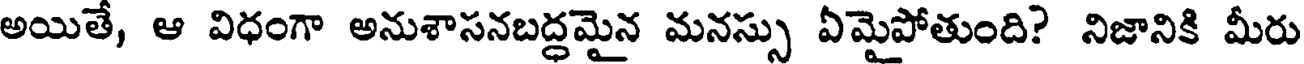
అయితే, ఆ విధంగా అనుశాసనబద్ధమైన మనస్సు ఏమైపోతుంది? నిజానికి మీరు